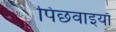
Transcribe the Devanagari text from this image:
पिछवाइयाँ